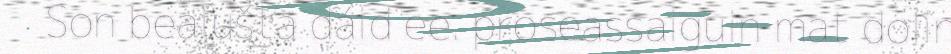
Son bealušta dáid ee. proseassaiguin mat dolin